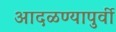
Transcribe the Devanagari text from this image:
आदळण्यापुर्वी